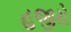
હજીરો